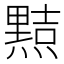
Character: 𭶑